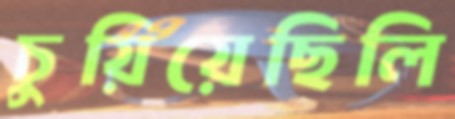
চুয়িয়েছিলি